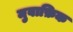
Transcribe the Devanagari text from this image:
मुवाफ़िक